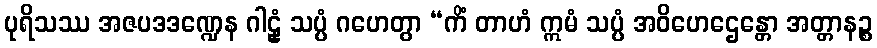
ပုရိသဿ အဇပဒဒဏ္ဍေန ဂါဠှံ သပ္ပံ ဂဟေတွာ “ကိံ တာဟံ ဣမံ သပ္ပံ အဝိဟေဌေန္တော အတ္တာနဉ္စ